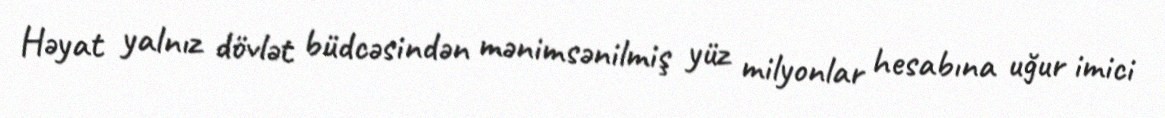
Həyat yalnız dövlət büdcəsindən mənimsənilmiş yüz milyonlar hesabına uğur imici